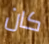
كان